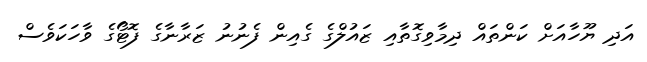
އަދި ޔޫހާއަށް ކަންތައް ދިމާވިގޮތާއި ޒައުލްގެ ގެއިން ފެނުނު ޒަރާނާގެ ފޮޓޯގެ ވާހަކަވެސް